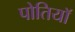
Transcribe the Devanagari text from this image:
पोतियाॅ